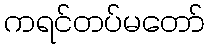
ကရင်တပ်မတော်